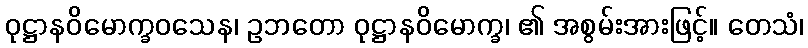
ဝုဋ္ဌာနဝိမောက္ခဝသေန၊ ဥဘတော ဝုဋ္ဌာနဝိမောက္ခ၊ ၏ အစွမ်းအားဖြင့်။ တေသံ၊